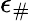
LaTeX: \epsilon_{\# }